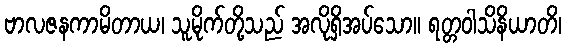
ဗာလဇနကာမိတာယ၊ သူမိုက်တို့သည် အလိုရှိအပ်သော။ ရတ္တဝါသိနိယာတိ၊